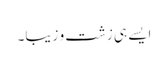
ایسے ہی زشت و زیبا۔